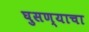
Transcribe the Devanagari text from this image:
घुसण्याचा